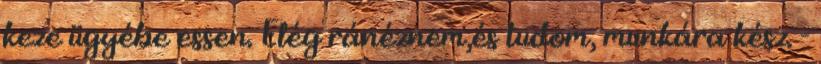
keze ügyébe essen. Elég ránéznem,és tudom, munkára kész. -